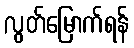
လွတ်မြောက်ရန်